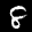
Label: 8